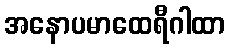
အနောပမာထေရီဂါထာ